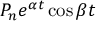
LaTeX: P _ { n } e ^ { \alpha t } \cos { \beta t }